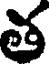
త